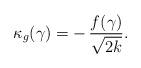
LaTeX: \begin{align*}\kappa_g(\gamma)= -\,\frac{f(\gamma)}{\sqrt{2k}}.\end{align*}